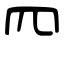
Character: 𦉪